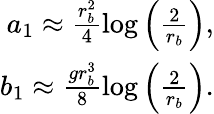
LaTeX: \begin{array}{r}{a_{1}\approx\frac{r_{b}^{2}}{4}\log\left(\frac{2}{r_{b}}\right),}\\ {b_{1}\approx\frac{gr_{b}^{3}}{8}\log\left(\frac{2}{r_{b}}\right).}\end{array}